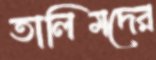
তালিমদের